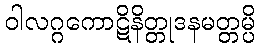
ဝါလဂ္ဂကောဋိနိတ္တုဒနမတ္တမ္ပိ